Civil Veterinary Department. Madras. Admin. report 1910-25 - 1910-1925
Year: 1910
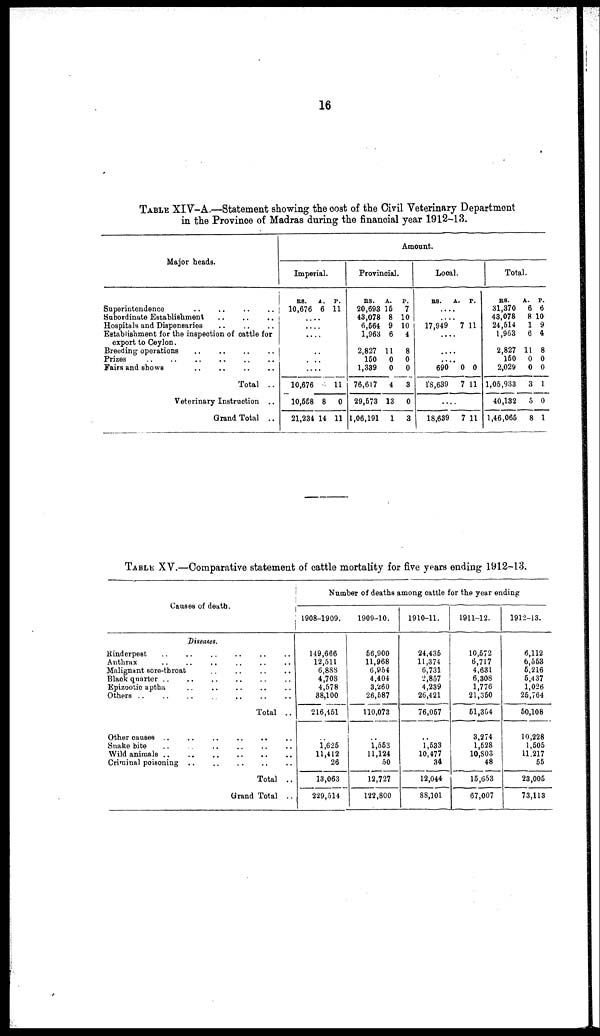
16
TABLE XIV-A.—Statement showing the cost of the Civil Veterinary Department
in the Province of Madras during the financial year 1912-13.
Major heads.
Superintendence
Subordinate Establishment
Hospitals and Dispensaries
Establishment for the inspection of cattle for
export to Ceylon.
Breeding operations
Prizes
Fairs and shows
Total ..
Veterinary Instruction ..
Grand Total ..
Amount.
Imperial.
RS.
10,676
A.
6
P.
11
...
...
...
...
...
....
10,676
10,558
21,234
8
14
11
0
11
Provincial.
RS.
20,693
43,078
6,564
1,963
2,827
150
1,339
76,617
29,573
1,06,191
A.
15
8
9
6
11
0
0
4
13
1
P.
7
10
10
4
8
0
0
3
0
3
Local.
RS.
..
17,949
A.
..
7
P.
11
...
....
....
690
18,639
0
7
0
11
....
18,639
7 11
Total.
RS.
31,370
43,078
24,514
1,963
2,827
150
2,029
1,05,933
40,132
1,46,065
A.
6
8
1
6
11
0
0
3
5
8
P.
6
10
9
4
8
0
0
1
0
1
TABLE XV.—Comparative statement of cattle mortality for five years ending 1912-13.
Causes of death
Number of deaths among cattle for the year ending
1908-1909.
1909-10.
1910-11.
1911-12.
1912-13.
Diseases.
Rinderpest
Anthrax
Malignant sore-tbroat
Black quarter
Epizootic aptha
Others
Total ..
Other causes
Snake bite
Wild animals
Criminal poisoning
..
Total ..
Grand Total ..
149,666
12,511
6,888
4,708
4,578
88,100
216,451
1,625
11,412
26
13,063
229,514
56,900
11,968
6,954
4,404
3,260
26,587
110,073
1,553
11,124
50
12,727
122,800
24,436
11,374
6,731
2,857
4,239
26,421
76,057
1,533
10,477
34
12,044
88,101
10,572
6,717
4,631
6,308
1,776
21,350
51,354
3,274
1,528
10,803
48
15,653
67,007
6,112
6,553
5,216
5,437
1,026
25,764
50,108
10,228
1,505
11.217
55
23,005
73,113